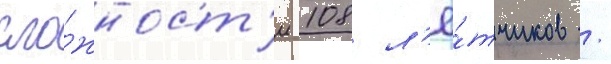
сло́жност'и 108 л'ё́тчиков /